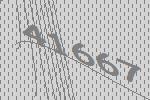
41667